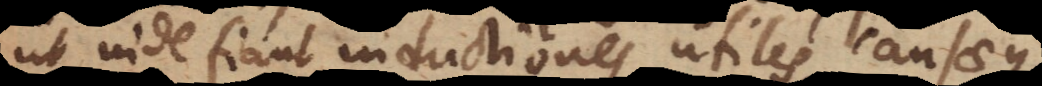
ut inde fiant inductiones utiles, causaeque